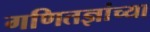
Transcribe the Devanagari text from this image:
गणितज्ञांच्या